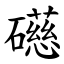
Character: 礠